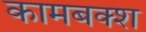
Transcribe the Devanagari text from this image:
कामबक्श